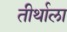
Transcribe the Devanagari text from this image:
तीर्थाला